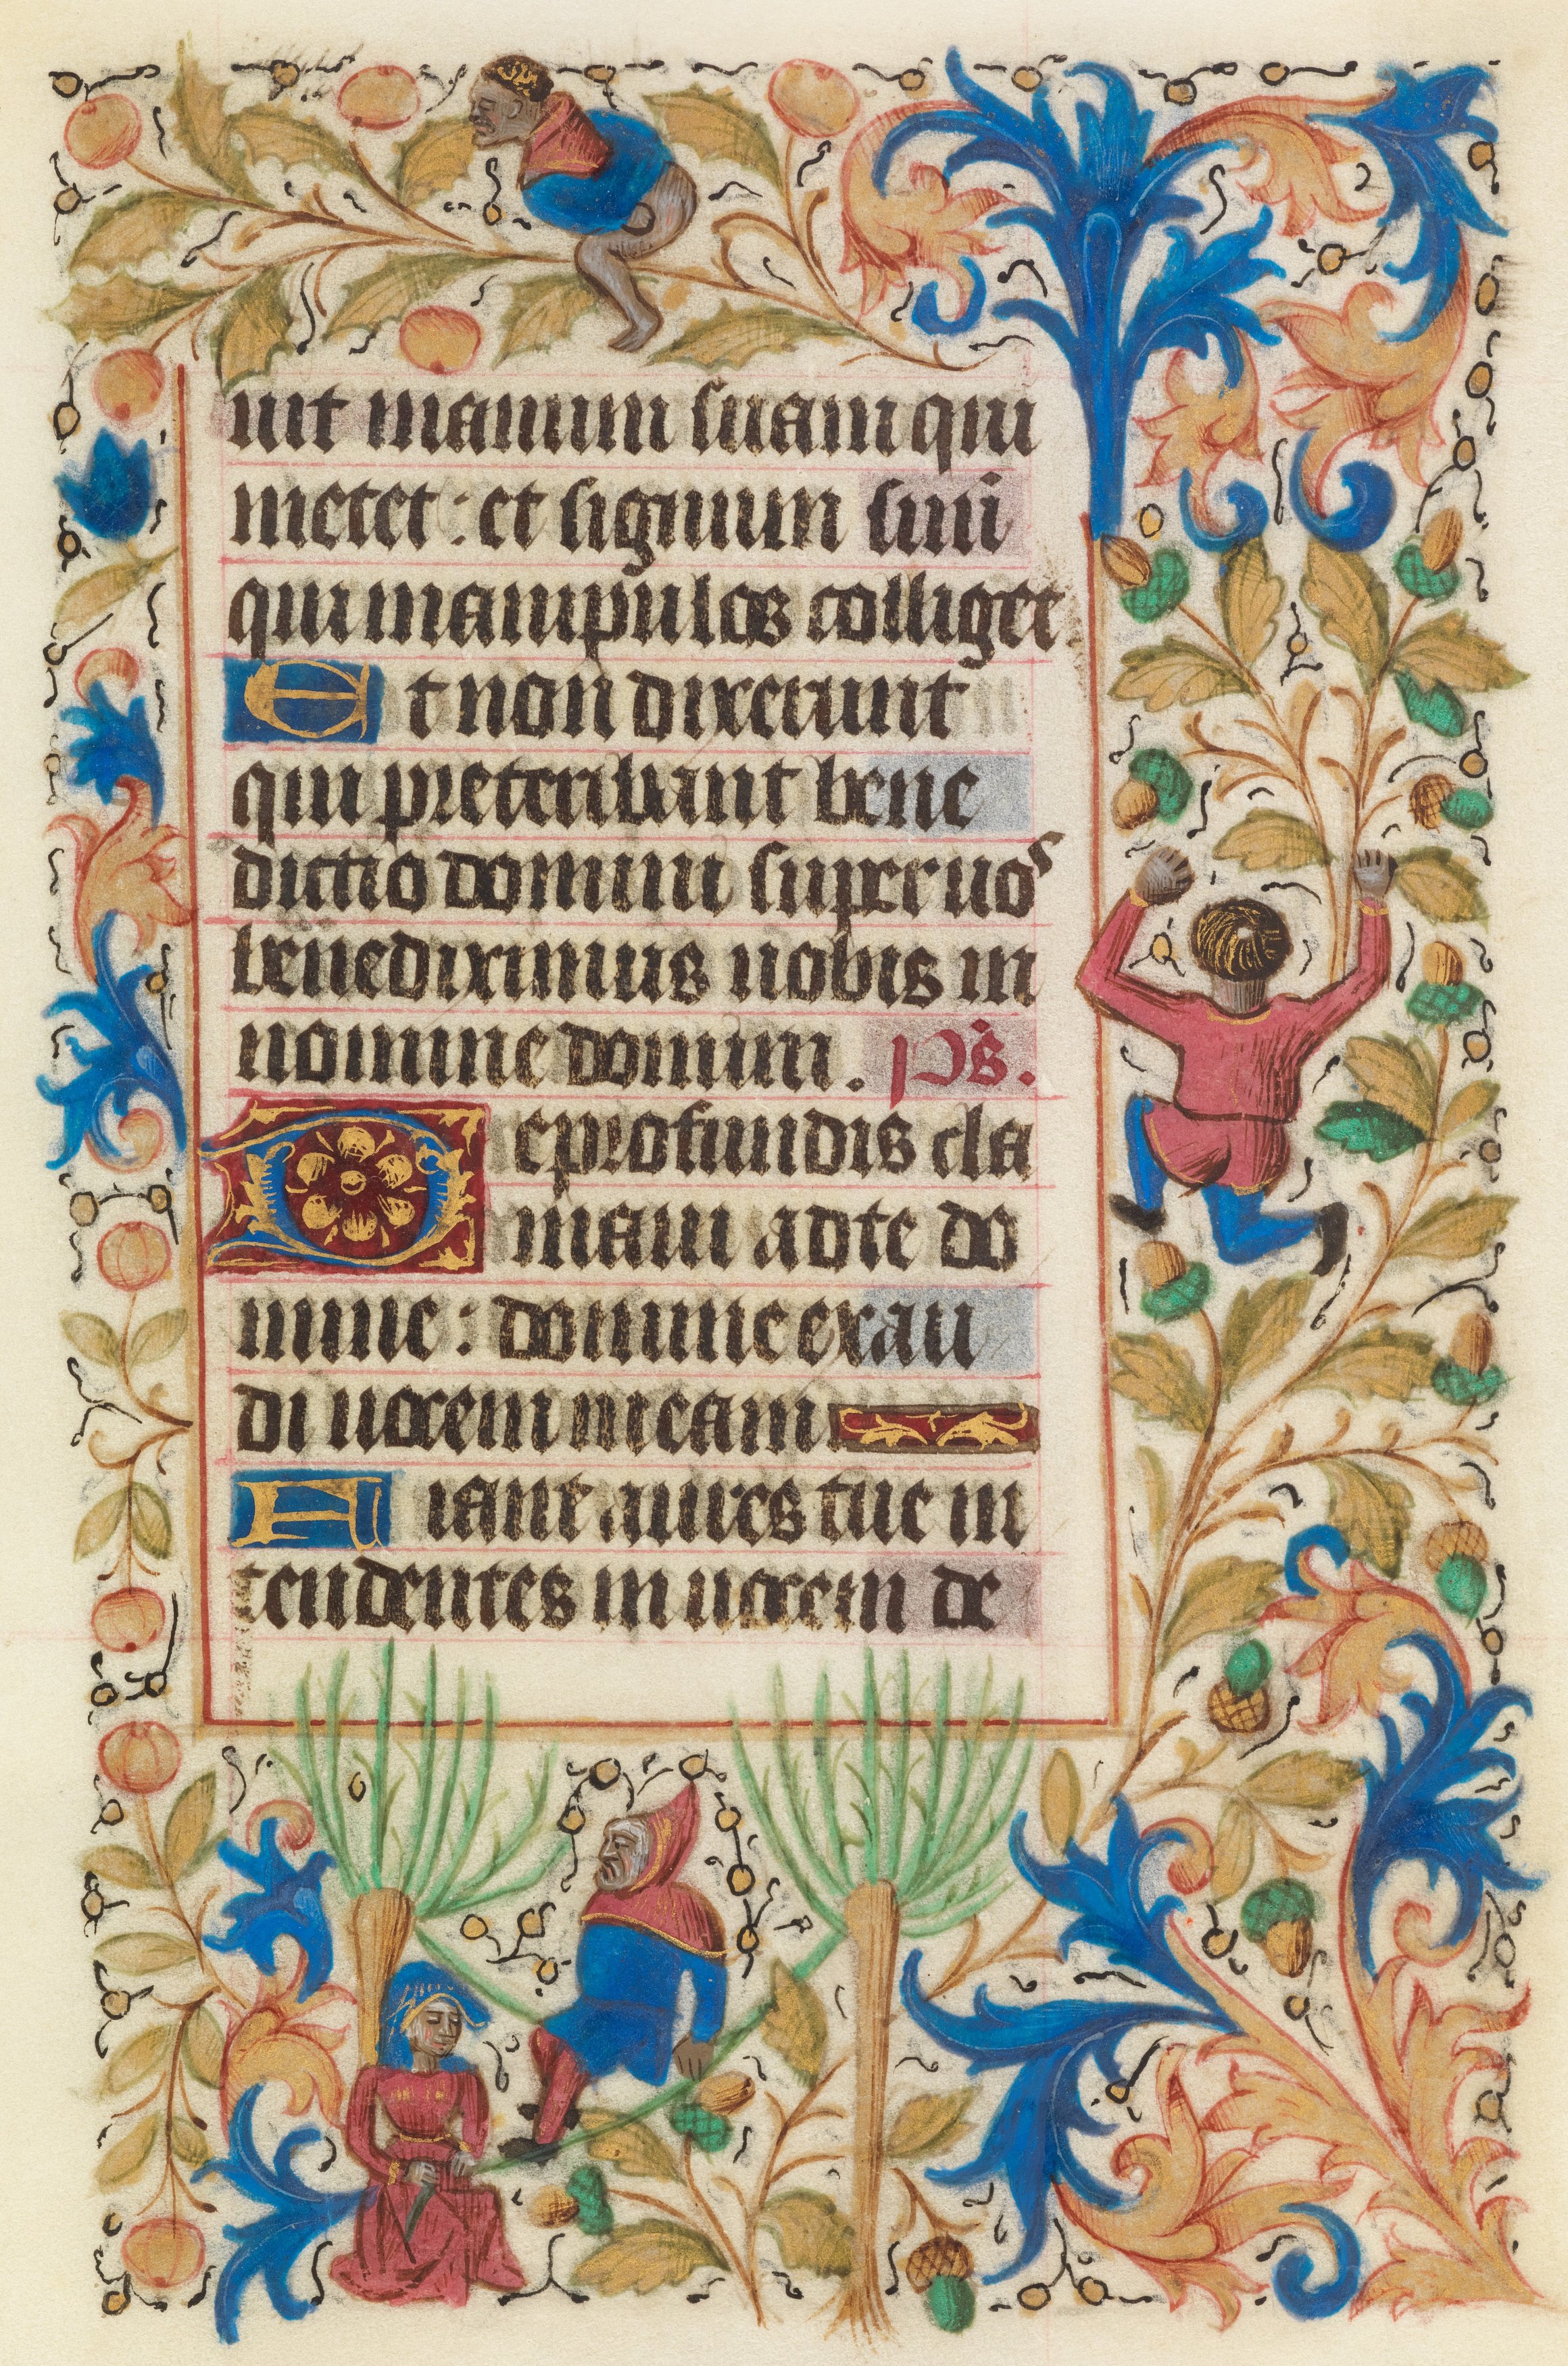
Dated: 1450–1460